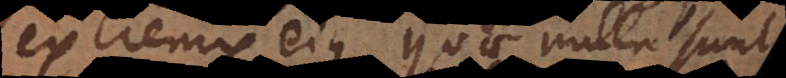
extremis ejus quae nulla sunt